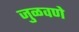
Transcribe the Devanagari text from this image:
जुळवणे